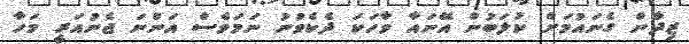
ޒިދާން ގެނައުމަށް ކުލަބުން އޭނައާ ވާހަކަ ދެކެވުނު ނަމަވެސް އަންނަ ޖެނުއަރީ މަހާ